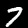
Digit: 7